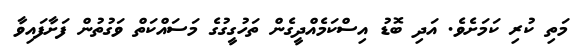
މަތި ކުރި ކަމަށެވެ. އަދި ބޮޑު އިސްކަމެއްދީގެން ތަހުގީގުގެ މަސައްކަތް ވަގުތުން ފަށާފައިވާ